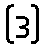
(ဒ)